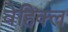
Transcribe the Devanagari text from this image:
वेहिक्ल